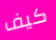
كيف